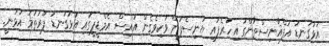
އަޅުގަނޑު އަފްޣާނިސްތާންގައި ހުރެފައި ޔުނިސެފުން ވަކިވެގެން އައިސް އެމްޑީޕީގައި އަޅުގަނޑު ފުރަތަމަ އުޅުނީ.